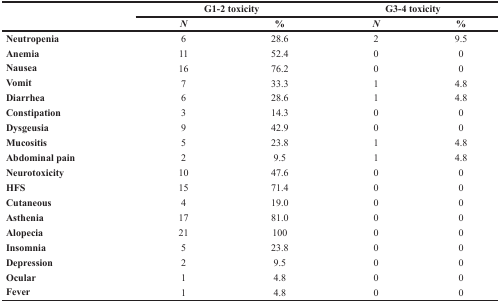
<table><thead><tr><td rowspan="2"></td><td colspan="2"><b>G1-2 toxicity</b></td><td colspan="2"><b>G3-4 toxicity</b></td></tr><tr><td><b><i>N</i></b></td><td><b>%</b></td><td><b><i>N</i></b></td><td><b>%</b></td></tr></thead><tbody><tr><td><b>Neutropenia</b></td><td>6</td><td>28.6</td><td>2</td><td>9.5</td></tr><tr><td><b>Anemia</b></td><td>11</td><td>52.4</td><td>0</td><td>0</td></tr><tr><td><b>Nausea</b></td><td>16</td><td>76.2</td><td>0</td><td>0</td></tr><tr><td><b>Vomit</b></td><td>7</td><td>33.3</td><td>1</td><td>4.8</td></tr><tr><td><b>Diarrhea</b></td><td>6</td><td>28.6</td><td>1</td><td>4.8</td></tr><tr><td><b>Constipation</b></td><td>3</td><td>14.3</td><td>0</td><td>0</td></tr><tr><td><b>Dysgeusia</b></td><td>9</td><td>42.9</td><td>0</td><td>0</td></tr><tr><td><b>Mucositis</b></td><td>5</td><td>23.8</td><td>1</td><td>4.8</td></tr><tr><td><b>Abdominal pain</b></td><td>2</td><td>9.5</td><td>1</td><td>4.8</td></tr><tr><td><b>Neurotoxicity</b></td><td>10</td><td>47.6</td><td>0</td><td>0</td></tr><tr><td><b>HFS</b></td><td>15</td><td>71.4</td><td>0</td><td>0</td></tr><tr><td><b>Cutaneous</b></td><td>4</td><td>19.0</td><td>0</td><td>0</td></tr><tr><td><b>Asthenia</b></td><td>17</td><td>81.0</td><td>0</td><td>0</td></tr><tr><td><b>Alopecia</b></td><td>21</td><td>100</td><td>0</td><td>0</td></tr><tr><td><b>Insomnia</b></td><td>5</td><td>23.8</td><td>0</td><td>0</td></tr><tr><td><b>Depression</b></td><td>2</td><td>9.5</td><td>0</td><td>0</td></tr><tr><td><b>Ocular</b></td><td>1</td><td>4.8</td><td>0</td><td>0</td></tr><tr><td><b>Fever</b></td><td>1</td><td>4.8</td><td>0</td><td>0</td></tr></tbody></table>